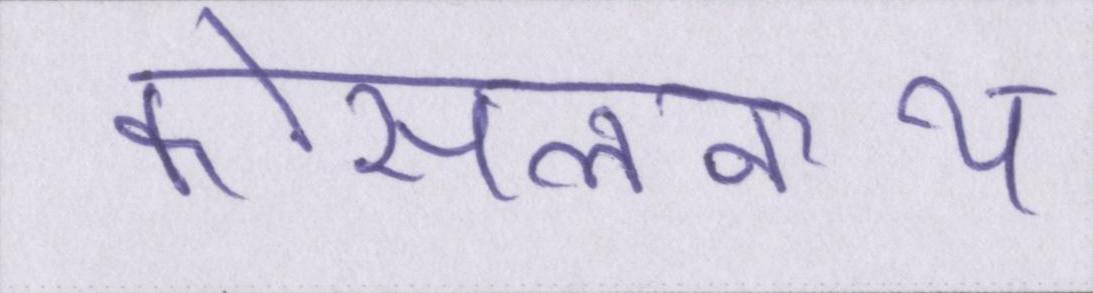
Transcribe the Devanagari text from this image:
कोसलनाथ